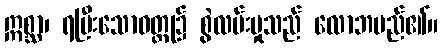
ဣစ္ဆာ၊ ရပြီးသောဝတ္ထု၌ စွဲလမ်းမှုသည် လောဘမည်၏။